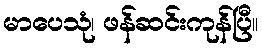
မာပေသုံ၊ ဖန်ဆင်းကုန်ပြီ။